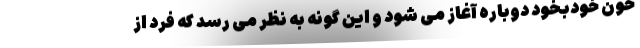
خون خودبخود دوباره آغاز می شود و این گونه به نظر می رسد که فرد از